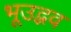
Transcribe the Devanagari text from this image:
भूउद्भव